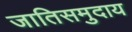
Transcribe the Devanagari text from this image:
जातिसमुदाय